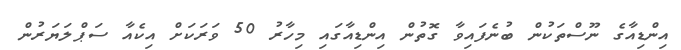
އިންޑިއާގެ ނޫސްތަކުން ބުނެފައިވާ ގޮތުން އިންޑިއާގައި މިހާރު 50 ވަރަކަށް އިކެއާ ސަޕްލަޔަރުން